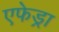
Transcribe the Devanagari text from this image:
एफेड्रा